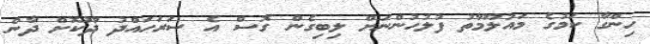
ހިންގާ ކަމުގެ މައުލޫމާތު ފުލުހުންނަށް ލިބިގެން ގޮސް އެ ސަރަހައްދު ދޫކޮށް ދާން